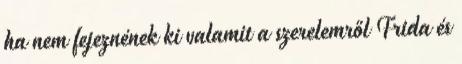
ha nem fejeznének ki valamit a szerelemről Frida és